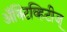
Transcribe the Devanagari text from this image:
अॅक्टिव्हिटीज्